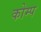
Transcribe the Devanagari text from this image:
कोम्प